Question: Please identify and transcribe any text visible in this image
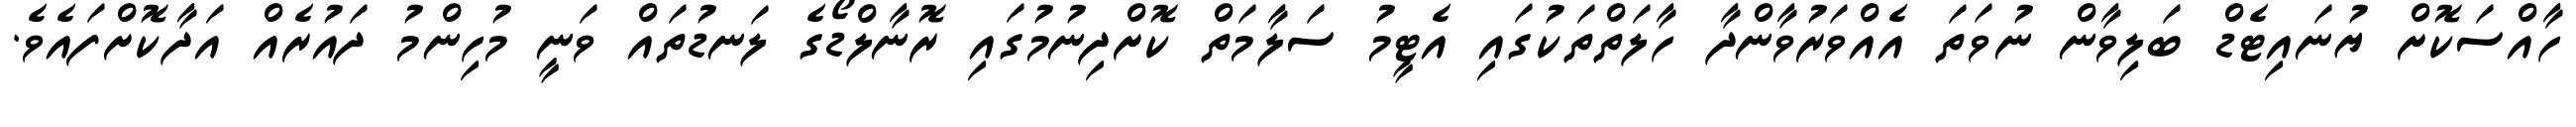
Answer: ހާއްސަކޮށް ޔުނައިޓެޑް ބަލިވާން ނުވަތަ އެއްވަރުވާންދާ ހާލަތްތަކުގައި އެޓީމު ސަލާމަތް ކޮށްދިނުމުގައި ރޮނާލްޑޯގެ ލަނޑުތައް ވަނީ މުހިންމު ދައުރެއް އަދާކޮށްފައެވެ.